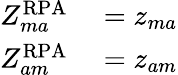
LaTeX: \begin{array}{rl}{Z_{ma}^{\mathrm{RPA}}}&{{}=z_{ma}}\\ {Z_{am}^{\mathrm{RPA}}}&{{}=z_{am}}\end{array}